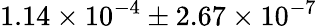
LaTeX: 1.14\times{10^{-4}}\pm 2.67\times{10^{-7}}